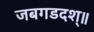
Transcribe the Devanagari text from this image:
जबगडदश्॥